Indian journal of veterinary science and animal husbandry - Volumes 15-17, 1948-1951
Year: 1948
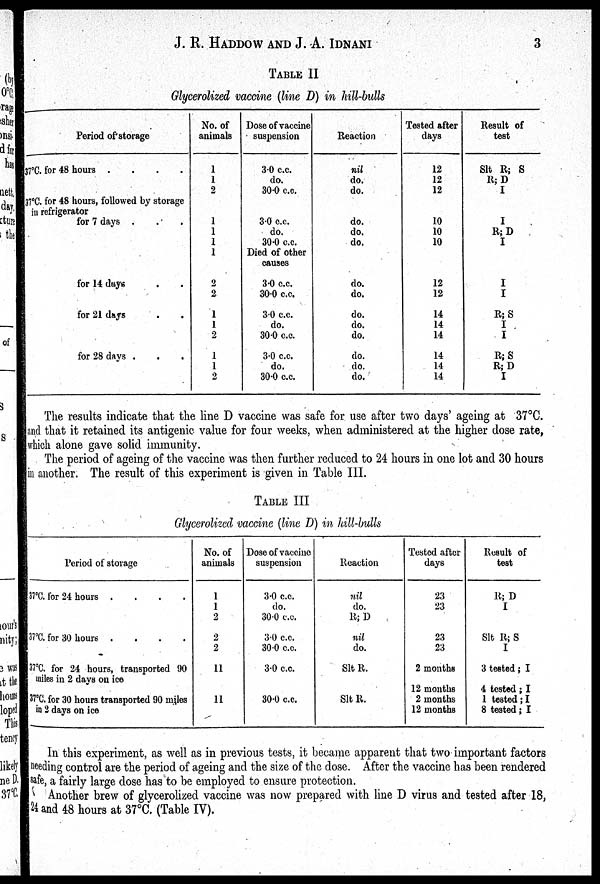
J. R. HADDOW AND J. A. IDNANI
3
TABLE II
Glycerolized vaccine (line D) in hill-bulls
Period of storage
37°C. for 48 hours
.
.
.
.
37°C. for 48 hours, followed by storage
in refrigerator
for 7 days . . .
for 14 days . .
for 21 days . .
for 28 days . . .
No. of
animals
1
1
2
1
1
1
1
2
2
1
1
2
1
1
2
Dose of vaccine
suspension
3.0 c.c.
do.
30.0 c.c.
3.0 c.c.
do.
30.0 c.c.
Died of other
causes
3.0 c.c.
30.0 c.c.
3.0 c.c.
do.
30.0 c.c.
3.0 c.c.
do.
30.0 c.c.
Reaction
nil
do.
do.
do.
do.
do.
do.
do.
do.
do.
do.
do.
do.
do.
Tested after
days
12
12
12
10
10
10
12
12
14
14
14
14
14
14
Result of
test
Slt R; S
R; D
I
I
R; D
I
I
I
R; S
I
I
R; S
R; D
I
The results indicate that the line D vaccine was safe for use after two days' ageing at 37°C.
and that it retained its antigenic value for four weeks, when administered at the higher dose rate,
which alone gave solid immunity.
The period of ageing of the vaccine was then further reduced to 24 hours in one lot and 30 hours
in another. The result of this experiment is given in Table III.
TABLE III
Glycerolized vaccine (line D) in hill-bulls
Period of storage
37°C. for 24 hours
.
.
.
.
37°C. for 30 hours
....
37°C. for 24 hours, transported 90
miles in 2 days on ice
37°C. for 30 hours transported 90 miles
in 2 days on ice
No. of
animals
1
1
2
2
2
11
11
Dose of vaccine
suspension
3.0 c.c.
do.
30.0 c.c.
3.0 c.c.
30.0 c.c.
3.0 c.c.
30.0 c.c.
Reaction
nil
do.
R; D
nil
do.
Slt R.
Slt R.
Tested after
days
23
23
23
23
2 months
12 months
2 months
12 months
Result of
test
R; D
I
Slt R; S
I
3 tested; I
4 tested ; I
1 tested ; I
8 tested ; I
In this experiment, as well as in previous tests, it became apparent that two important factors
needing control are the period of ageing and the size of the dose. After the vaccine has been rendered
safe, a fairly large dose has to be employed to ensure protection.
Another brew of glycerolized vaccine was now prepared with line D virus and tested after 18,
24 and 48 hours at 37°C. (Table IV).